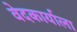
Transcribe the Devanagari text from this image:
वेदकार्याला